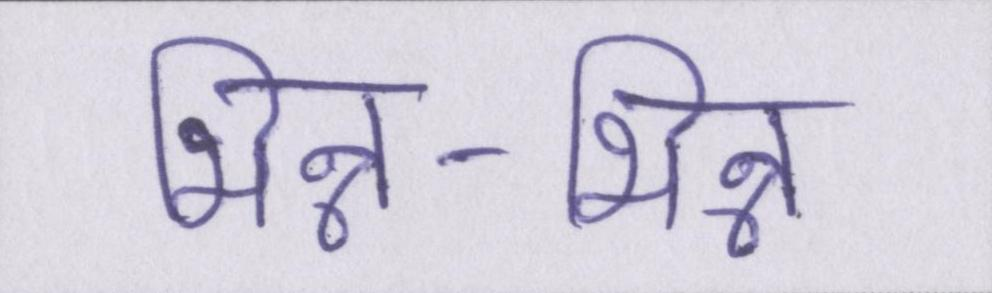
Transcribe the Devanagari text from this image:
भिन्न-भिन्न